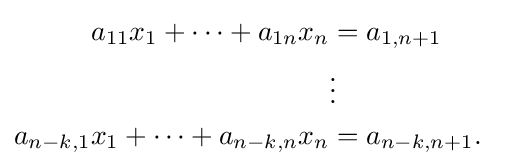
{\begin{aligned}a_{11}x_{1}+\cdots +a_{1n}x_{n}&=a_{1,n+1}\\&\vdots &\\a_{n-k,1}x_{1}+\cdots +a_{n-k,n}x_{n}&=a_{n-k,n+1}.\end{aligned}}